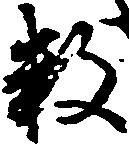
数